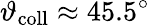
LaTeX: \vartheta_{\mathrm{coll}}\approx 45.5^{\circ}